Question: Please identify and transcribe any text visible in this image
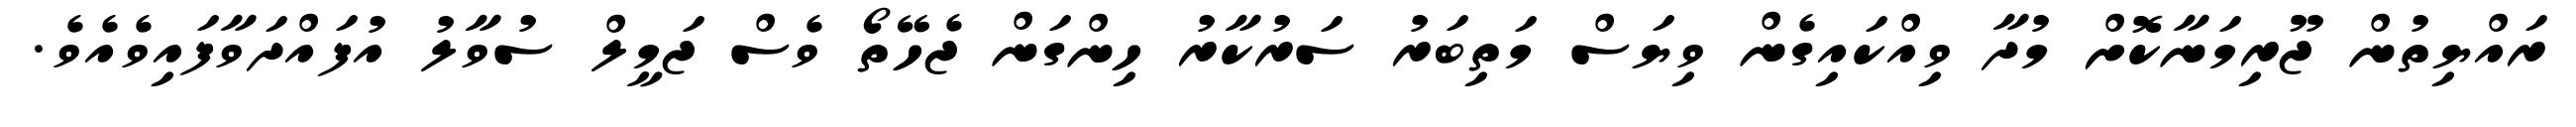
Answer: ރައްޔިތުން ޖޫރިމަނާކޮށް މުދާ ވިއްކައިގެން ވިޔަސް މަތިބަރު ސަރުކާރު ހިންގަން ޖެހޭތޯ ވެސް ޖަމީލް ސުވާލު އުފައްދަވާފައިވެއެވެ.